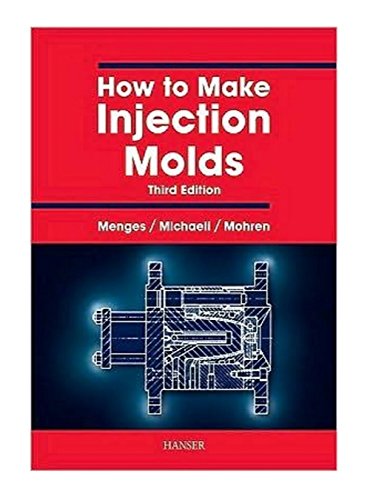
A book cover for How to Make Injection Molds; Georg Menges; Science & Math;